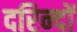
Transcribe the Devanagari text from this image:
दरिन्‍दों